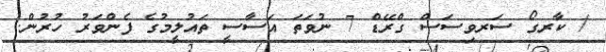
/ ކާރގޯ ސަރވިސަސް ގްރޭޑް 7 ނުވަތަ އަސާސީ ތައުލީމުގެ ފެންވަރު ހުރުން.